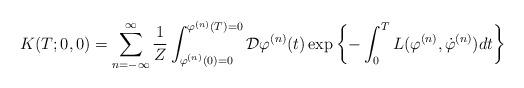
LaTeX: \begin{align*}K(T;0,0) = \sum_{n=-\infty}^{\infty} \frac{1}{Z} \int_{\varphi^{(n)}(0)=0}^{\varphi^{(n)}(T)=0} {\cal D}\varphi^{(n)}(t) \exp \left\{ -\int_{0}^{T} L(\varphi^{(n)},\dot{\varphi}^{(n)}) dt \right\}\end{align*}